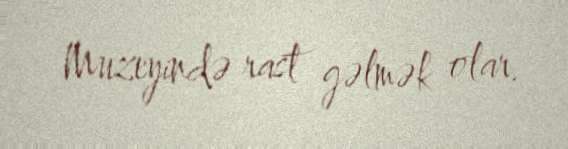
Muzeyində rast gəlmək olar.